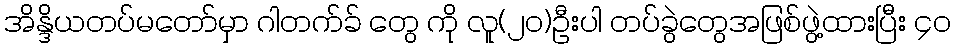
အိန္ဒိယတပ်မတော်မှာ ဂါတက်ခ် တွေ ကို လူ(၂၀)ဦးပါ တပ်ခွဲတွေအဖြစ်ဖွဲ့ထားပြီး ၄၀